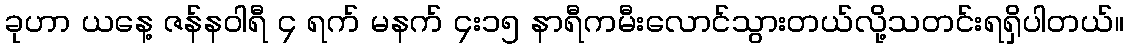
ခုဟာ ယနေ့ ဇန်နဝါရီ ၄ ရက် မနက် ၄း၁၅ နာရီကမီးလောင်သွားတယ်လို့သတင်းရရှိပါတယ်။